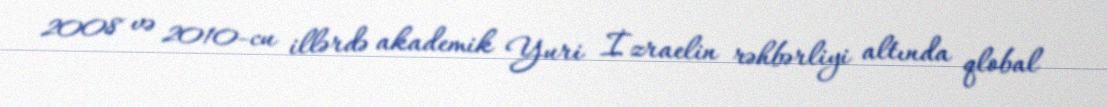
2008 və 2010-cu illərdə akademik Yuri İzraelin rəhbərliyi altında qlobal